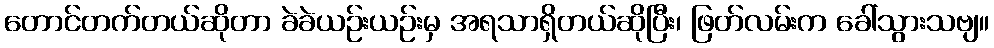
တောင်တက်တယ်ဆိုတာ ခဲခဲယဉ်းယဉ်းမှ အရသာရှိတယ်ဆိုပြီး၊ ဖြတ်လမ်းက ခေါ်သွားသဗျ။